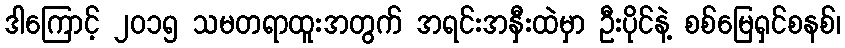
ဒါကြောင့် ၂၀၁၅ သမတရာထူးအတွက် အရင်းအနှီးထဲမှာ ဦးပိုင်နဲ့ စစ်မြေရှင်စနစ်၊